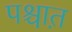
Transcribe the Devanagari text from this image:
पश्चात़